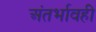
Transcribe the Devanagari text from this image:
अंतर्भावही